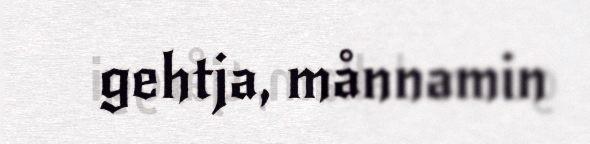
gehtja, månnamin